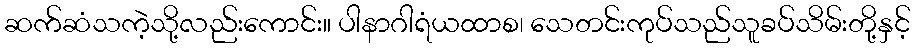
ဆက်ဆံသကဲ့သို့လည်းကောင်း။ ပါနာဂါရံယထာစ၊ သေတင်းကုပ်သည်သူခပ်သိမ်းတို့နှင့်